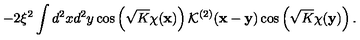
- 2 \xi ^ { 2 } \int d ^ { 2 } x d ^ { 2 } y \cos \left( \sqrt { K } \chi ( { \bf x } ) \right) { \mathcal K } ^ { ( 2 ) } ( { \bf x } - { \bf y } ) \cos \left( \sqrt { K } \chi ( { \bf y } ) \right) .